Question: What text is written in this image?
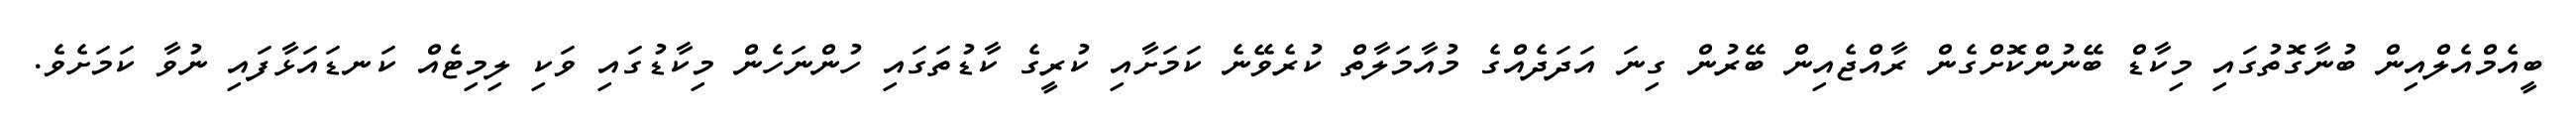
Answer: ބީއެމްއެލްއިން ބުނާގޮތުގައި މިކާޑް ބޭނުންކޮށްގެން ރާއްޖެއިން ބޭރުން ގިނަ އަދަދެއްގެ މުއާމަލާތް ކުރެވޭނެ ކަމަށާއި ކުރީގެ ކާޑުތަގައި ހުންނަހެން މިކާޑުގައި ވަކި ލިމިޓެއް ކަނޑައަޅާފައި ނުވާ ކަމަށެވެ.